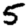
Digit: 5